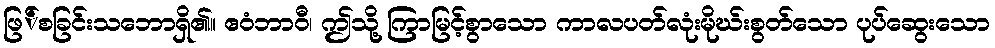
ဖြ်စခြင်းသဘောရှိ၏။ ဧဝံဘာဝီ၊ ဤသို့ ကြာမြင့်စွာသော ကာလပတ်လုံးမိုဃ်းစွတ်သော ပုပ်ဆွေးသော